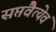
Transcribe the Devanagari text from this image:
सप्तैवेत्येवं